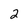
Character: 2